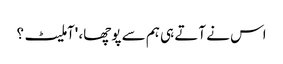
اس نے آتے ہی ہم سے پوچھا، 'آملیٹ؟